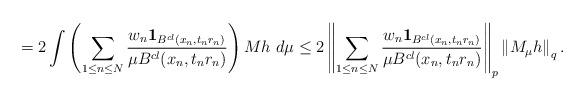
LaTeX: \begin{align*}=2 \int \left( \sum_{1 \le n \le N}\frac{w_n \mathbf{1}_{B^{cl} (x_{n}, t_n r_{n})} }{\mu B^{cl} (x_{n}, t_n r_{n})} \right) M h \ d\mu\le2 \left\| \sum_{1 \le n \le N}\frac{w_n \mathbf{1}_{B^{cl} (x_{n}, t_n r_{n})} }{\mu B^{cl} (x_{n}, t_n r_{n})} \right\|_p\left\|M_{\mu} h \right\|_q.\end{align*}